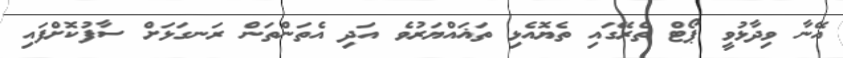
އޭނާ ވިދާޅުވީ ޕޯޓް ތެރޭގައި ތެޔޮއެޅި ތަޣައްޔަރުވެ އަދި އެތަންތަން ރަނގަޅަށް ސާފުކޮށްފައި